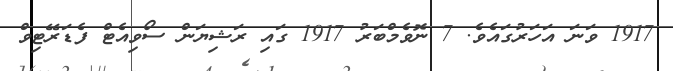
1917 ވަނަ އަހަރުގައެވެ. 7 ނޮވެމްބަރު 1917 ގައި ރަޝިޔަން ސޯވިއެޓް ފެޑަރޭޓިވް